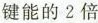
键能的2倍